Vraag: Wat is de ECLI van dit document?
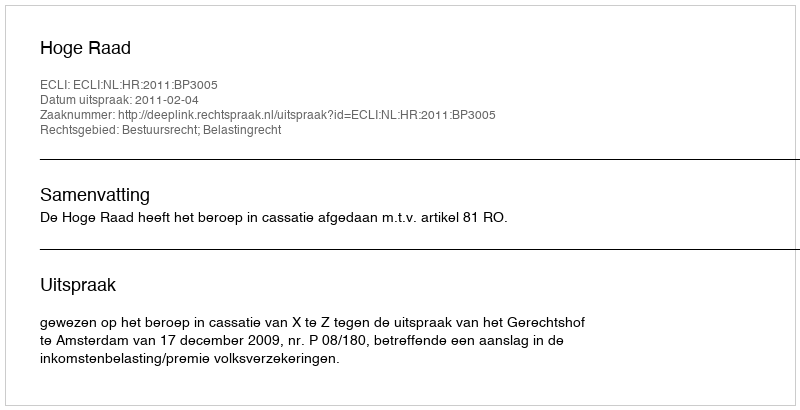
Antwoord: ECLI:NL:HR:2011:BP3005